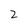
Character: 2